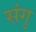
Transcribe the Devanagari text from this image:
संगु